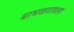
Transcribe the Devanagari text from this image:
बाभळगावला